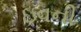
ઇવની